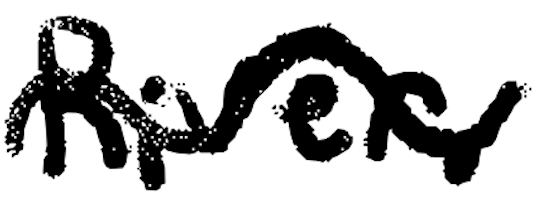
Text: River.
Cross-out: wave
Writing tool: digital_black